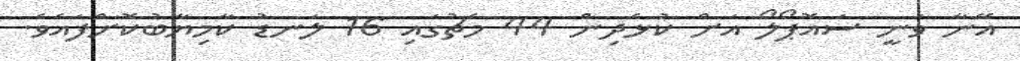
އޭނާ ވަނީ ސައޮޕޯލޯ އަށް ކުޅެދިން 44 މެޗުގައި 16 ލަނޑު ކާމިޔާބުކޮށްފައެވެ.